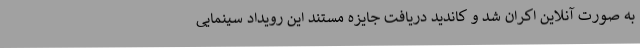
به صورت آنلاین اکران شد و کاندید دریافت جایزه مستند این رویداد سینمایی